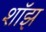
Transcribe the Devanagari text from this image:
शॉझ